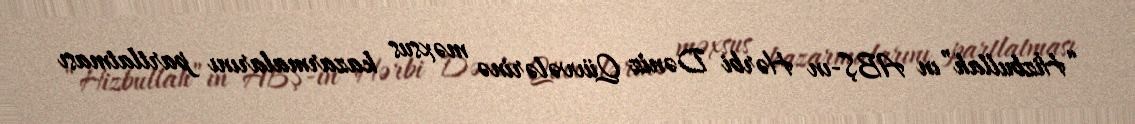
“Hizbullah”ın ABŞ-ın Hərbi Dəniz Qüvvələrinə məxsus kazarmalarını partlatması